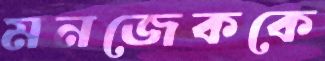
মনজেককে